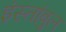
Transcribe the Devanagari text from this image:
इंस्तांबुल